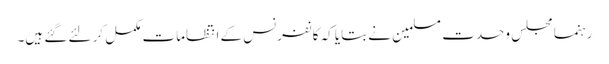
رہنما مجلس وحدت مسلمین نے بتایا کہ کانفرنس کے انتظامات مکمل کر لئے گئے ہیں۔